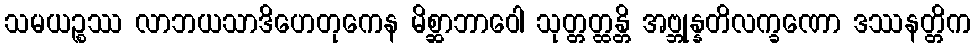
သမယဉ္စဿ လာဘယသာဒိဟေတုကေန မိစ္ဆာဘာဝေါ သုတ္တတ္ထန္တိ အဗ္ဘုန္နတိလက္ခဏော ဒဿနတ္တိက